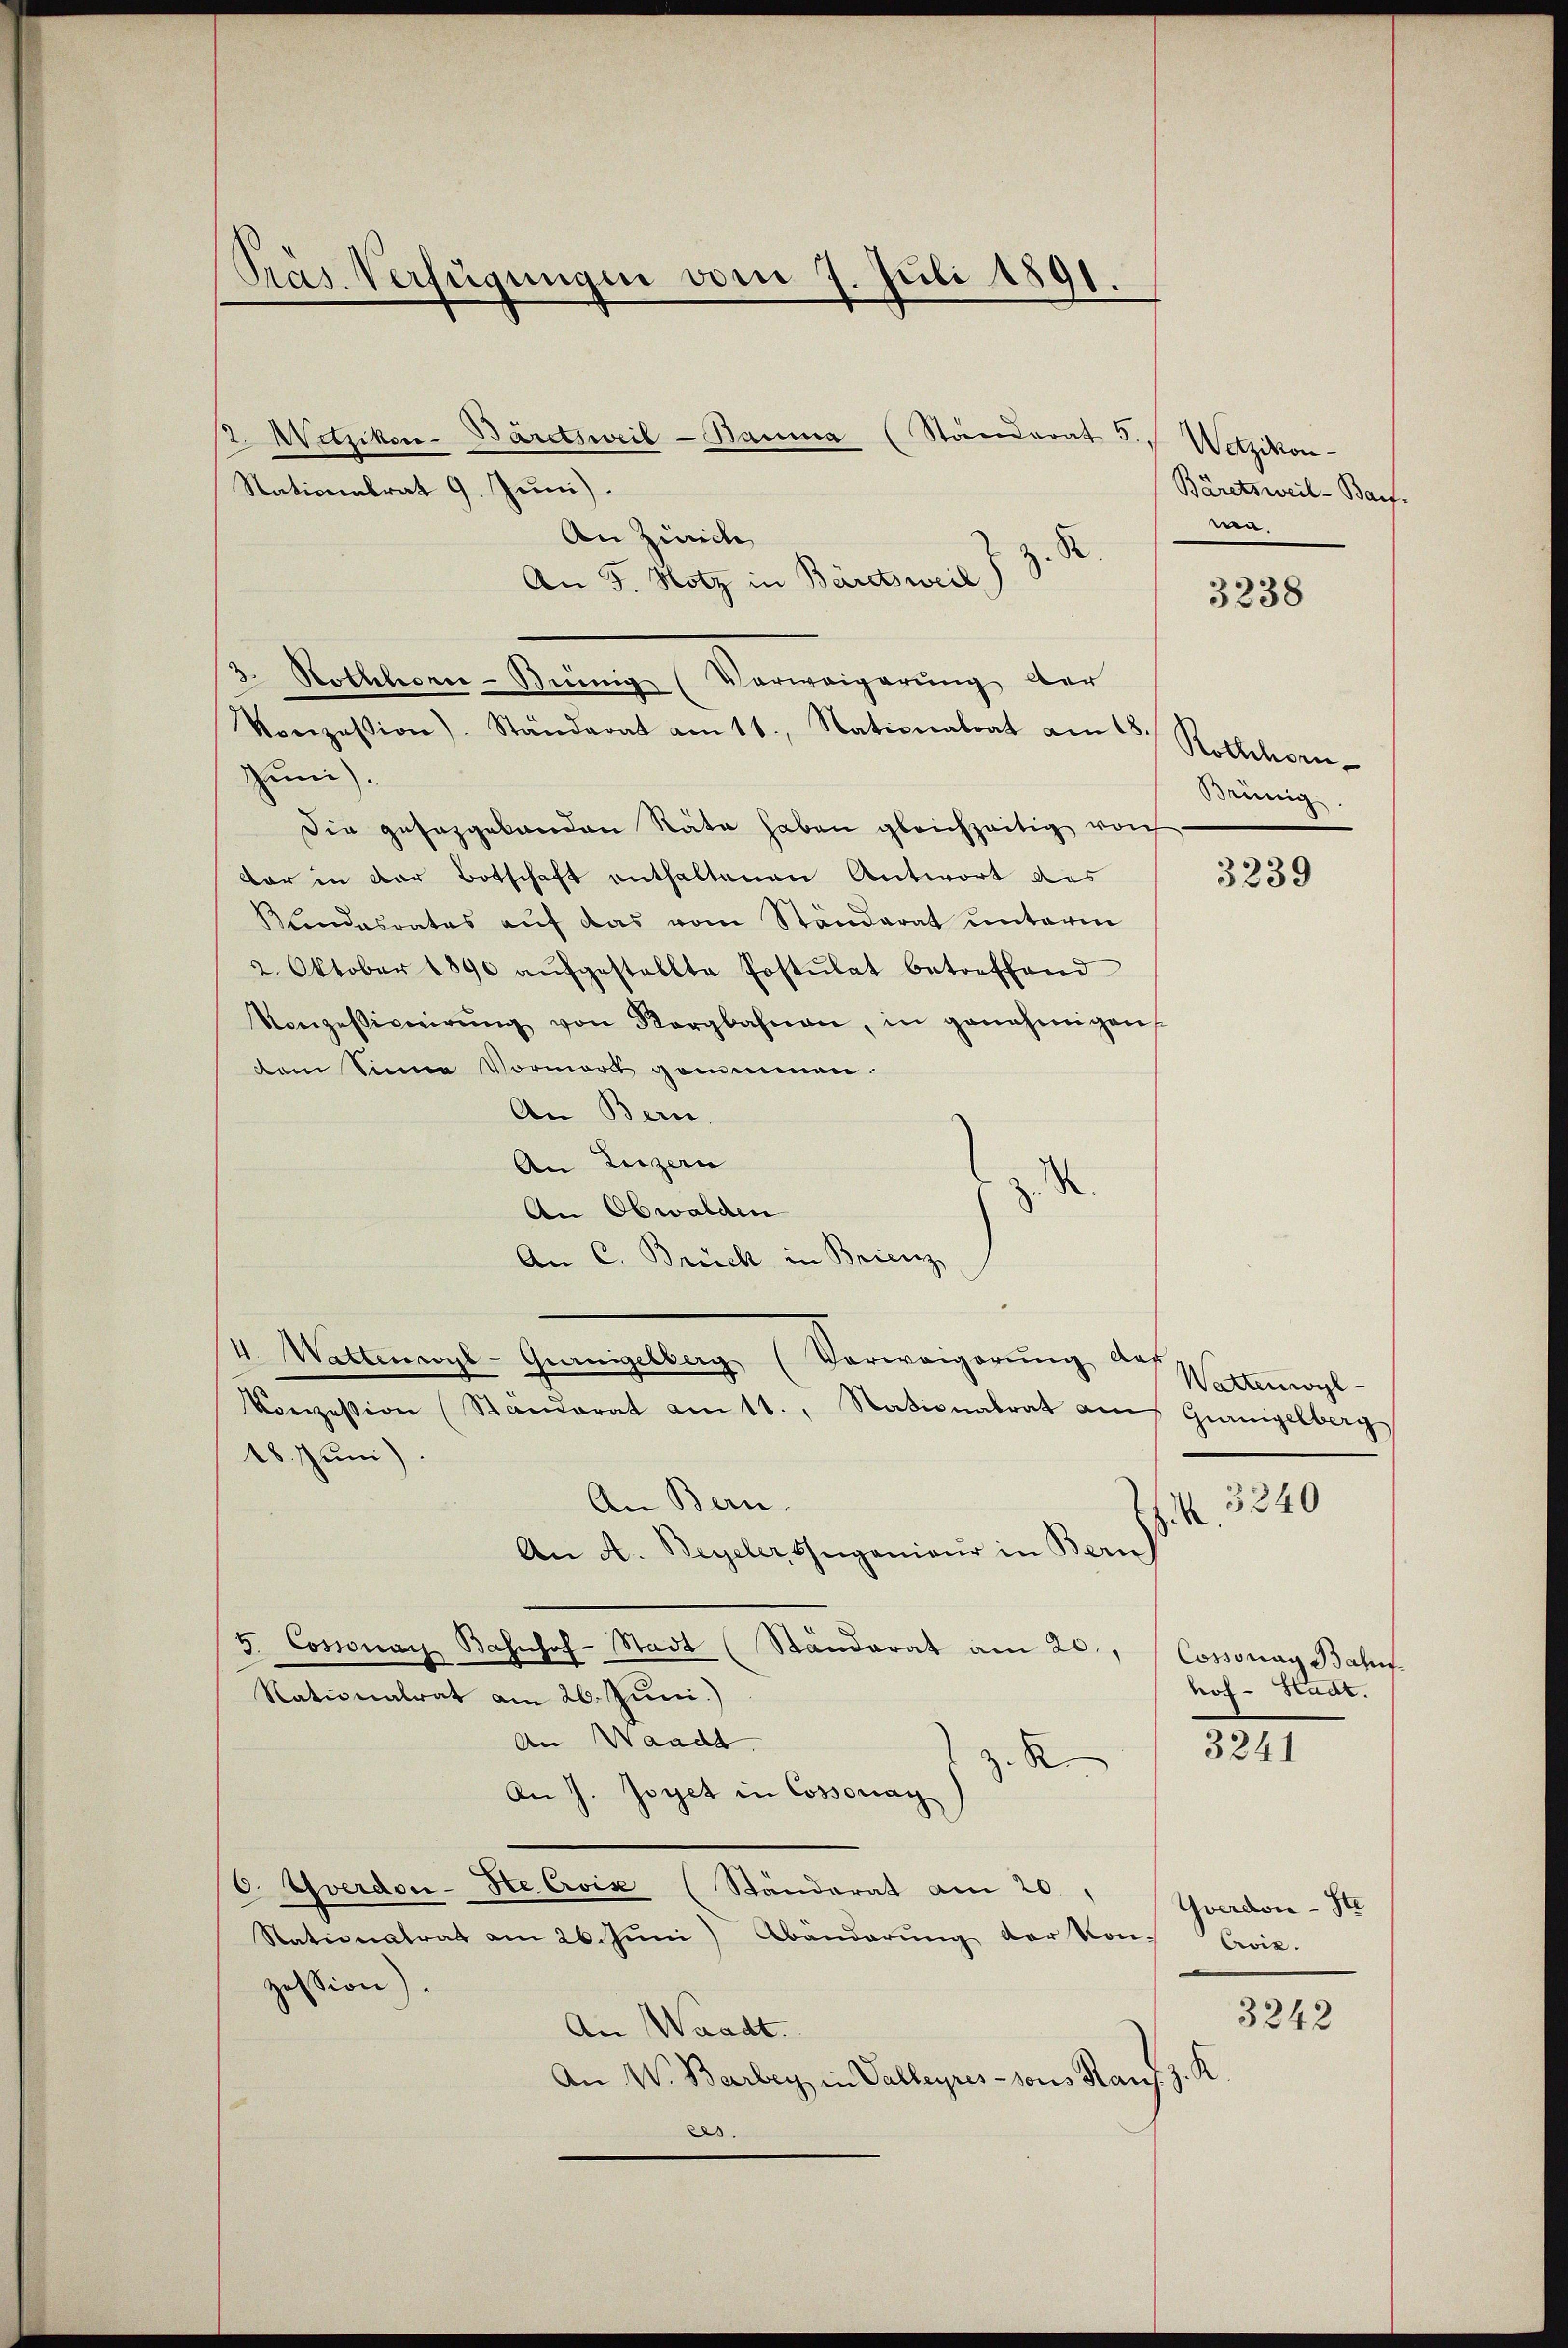
Präs. Verfügungen vom 7. Juli 1891.

Nationalrat 9. Juni).
An Zürich
An 5. Notz in Bäretsweil d. 9.
3. Nothleorie-Brünig (Verweigerung der
Vonzession). Ständerat am 11. Nationalrat am 15. Rothchorn
Juni.
Die gesaggelanden Räte haben gleichzeitig von
dar in der Botschaft enthaltenen Antwort des
Bundesrates aŭf das vom Ständerat unterm
2. Oktober 1890 aŭfgestellte Postulat betreffend
Konzessiveirŭng von Sargbahnen, in genehmigen
dem Sinne Vormerk genommen.
An Bern.
An Luzern
An Obwalden
An C. Brück in Brienz
4 Wattenwyl-Granielberg (Verweigerŭng der Wasyl-
Konzession (Standerat am 11., Nationalrat am Gurnigelberg
18. Juni)
An Bern.
An A. Beyeler Ingenieur in Bern)
3. Cossonay Bahnhof-Stadt (Ständerat am 20., Cossonay Bahn-
Nationalrat am 26. Juni.)
An Waadt
R
An J. Joyet in Cossonay)
C. Yverdor-Ste Crois (Ständerat am 20.
Stationatrat am 26. Juni Bänderŭng der Kon-
zession).
An Waadt.
An W. Barbey in Valleyres - sous Hau
es

2. Wetzikon- Bäretsweil-Bauma (Standerat J. Wetzikon-

Bäretsweil-Bauf.
wa

d

3238

Brünig

3239

3240

Prof. Stadt.

3241

Gverdon - Ste
Cvie.

3242